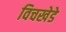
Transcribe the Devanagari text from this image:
विचखेडे